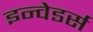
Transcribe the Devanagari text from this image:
इन्वेडर्स